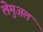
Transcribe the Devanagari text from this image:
लेमुअल